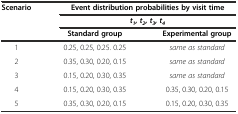
| <ROWSPAN=3> Scenario | <COLSPAN=2> Event distribution probabilities by visit time |
 | <COLSPAN=2> t1, t2, t3, t4 |
 | Standard group | Experimental group |
 | --- | --- | --- |
 | 1 | 0.25, 0.25, 0.25. 0.25 | same as standard |
 | 2 | 0.35, 0.30, 0.20, 0.15 | same as standard |
 | 3 | 0.15, 0.20, 0.30, 0.35 | same as standard |
 | 4 | 0.15, 0.20, 0.30, 0.35 | 0.35, 0.30, 0.20, 0.15 |
 | 5 | 0.35, 0.30, 0.20, 0.15 | 0.15, 0.20, 0.30, 0.35 |